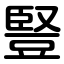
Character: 豎